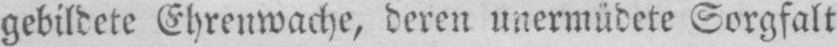
gebildete Ehrenwache, deren unermüdete Sorgfalt